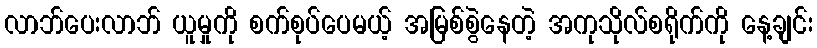
လာဘ်ပေးလာဘ် ယူမှုကို စက်စုပ်ပေမယ့် အမြစ်စွဲနေတဲ့ အကုသိုလ်စရိုက်ကို နေ့ချင်း